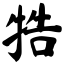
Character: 牿